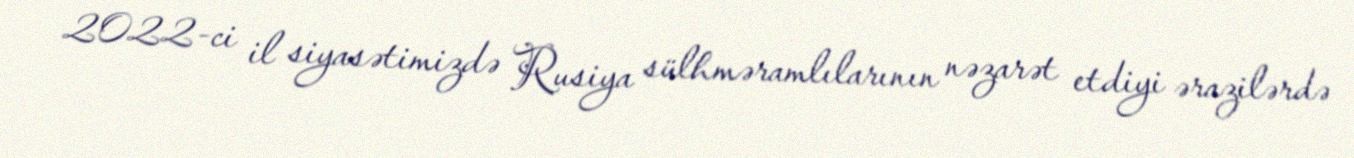
2022-ci il siyasətimizdə Rusiya sülhməramlılarının nəzarət etdiyi ərazilərdə